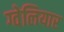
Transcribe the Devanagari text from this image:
ग्वेलियार